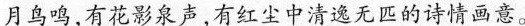
月鸟鸣，有花影泉声，有红尘中清逸无匹的诗情画意。